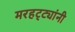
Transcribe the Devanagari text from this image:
मरहट्ट्यांनी